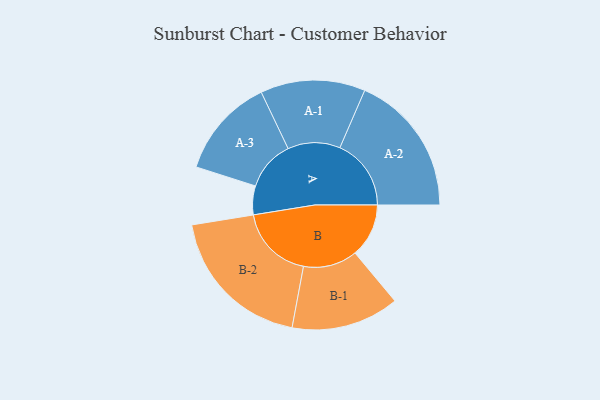
{"axis": {"x": "Segment", "y": "Value"}, "legend": ["", "A", "B"], "data": [{"x": "A", "y": 110, "type": ""}, {"x": "B", "y": 205, "type": ""}, {"x": "A-1", "y": 200, "type": "A"}, {"x": "A-2", "y": 272, "type": "A"}, {"x": "A-3", "y": 191, "type": "A"}, {"x": "B-1", "y": 206, "type": "B"}, {"x": "B-2", "y": 287, "type": "B"}]}